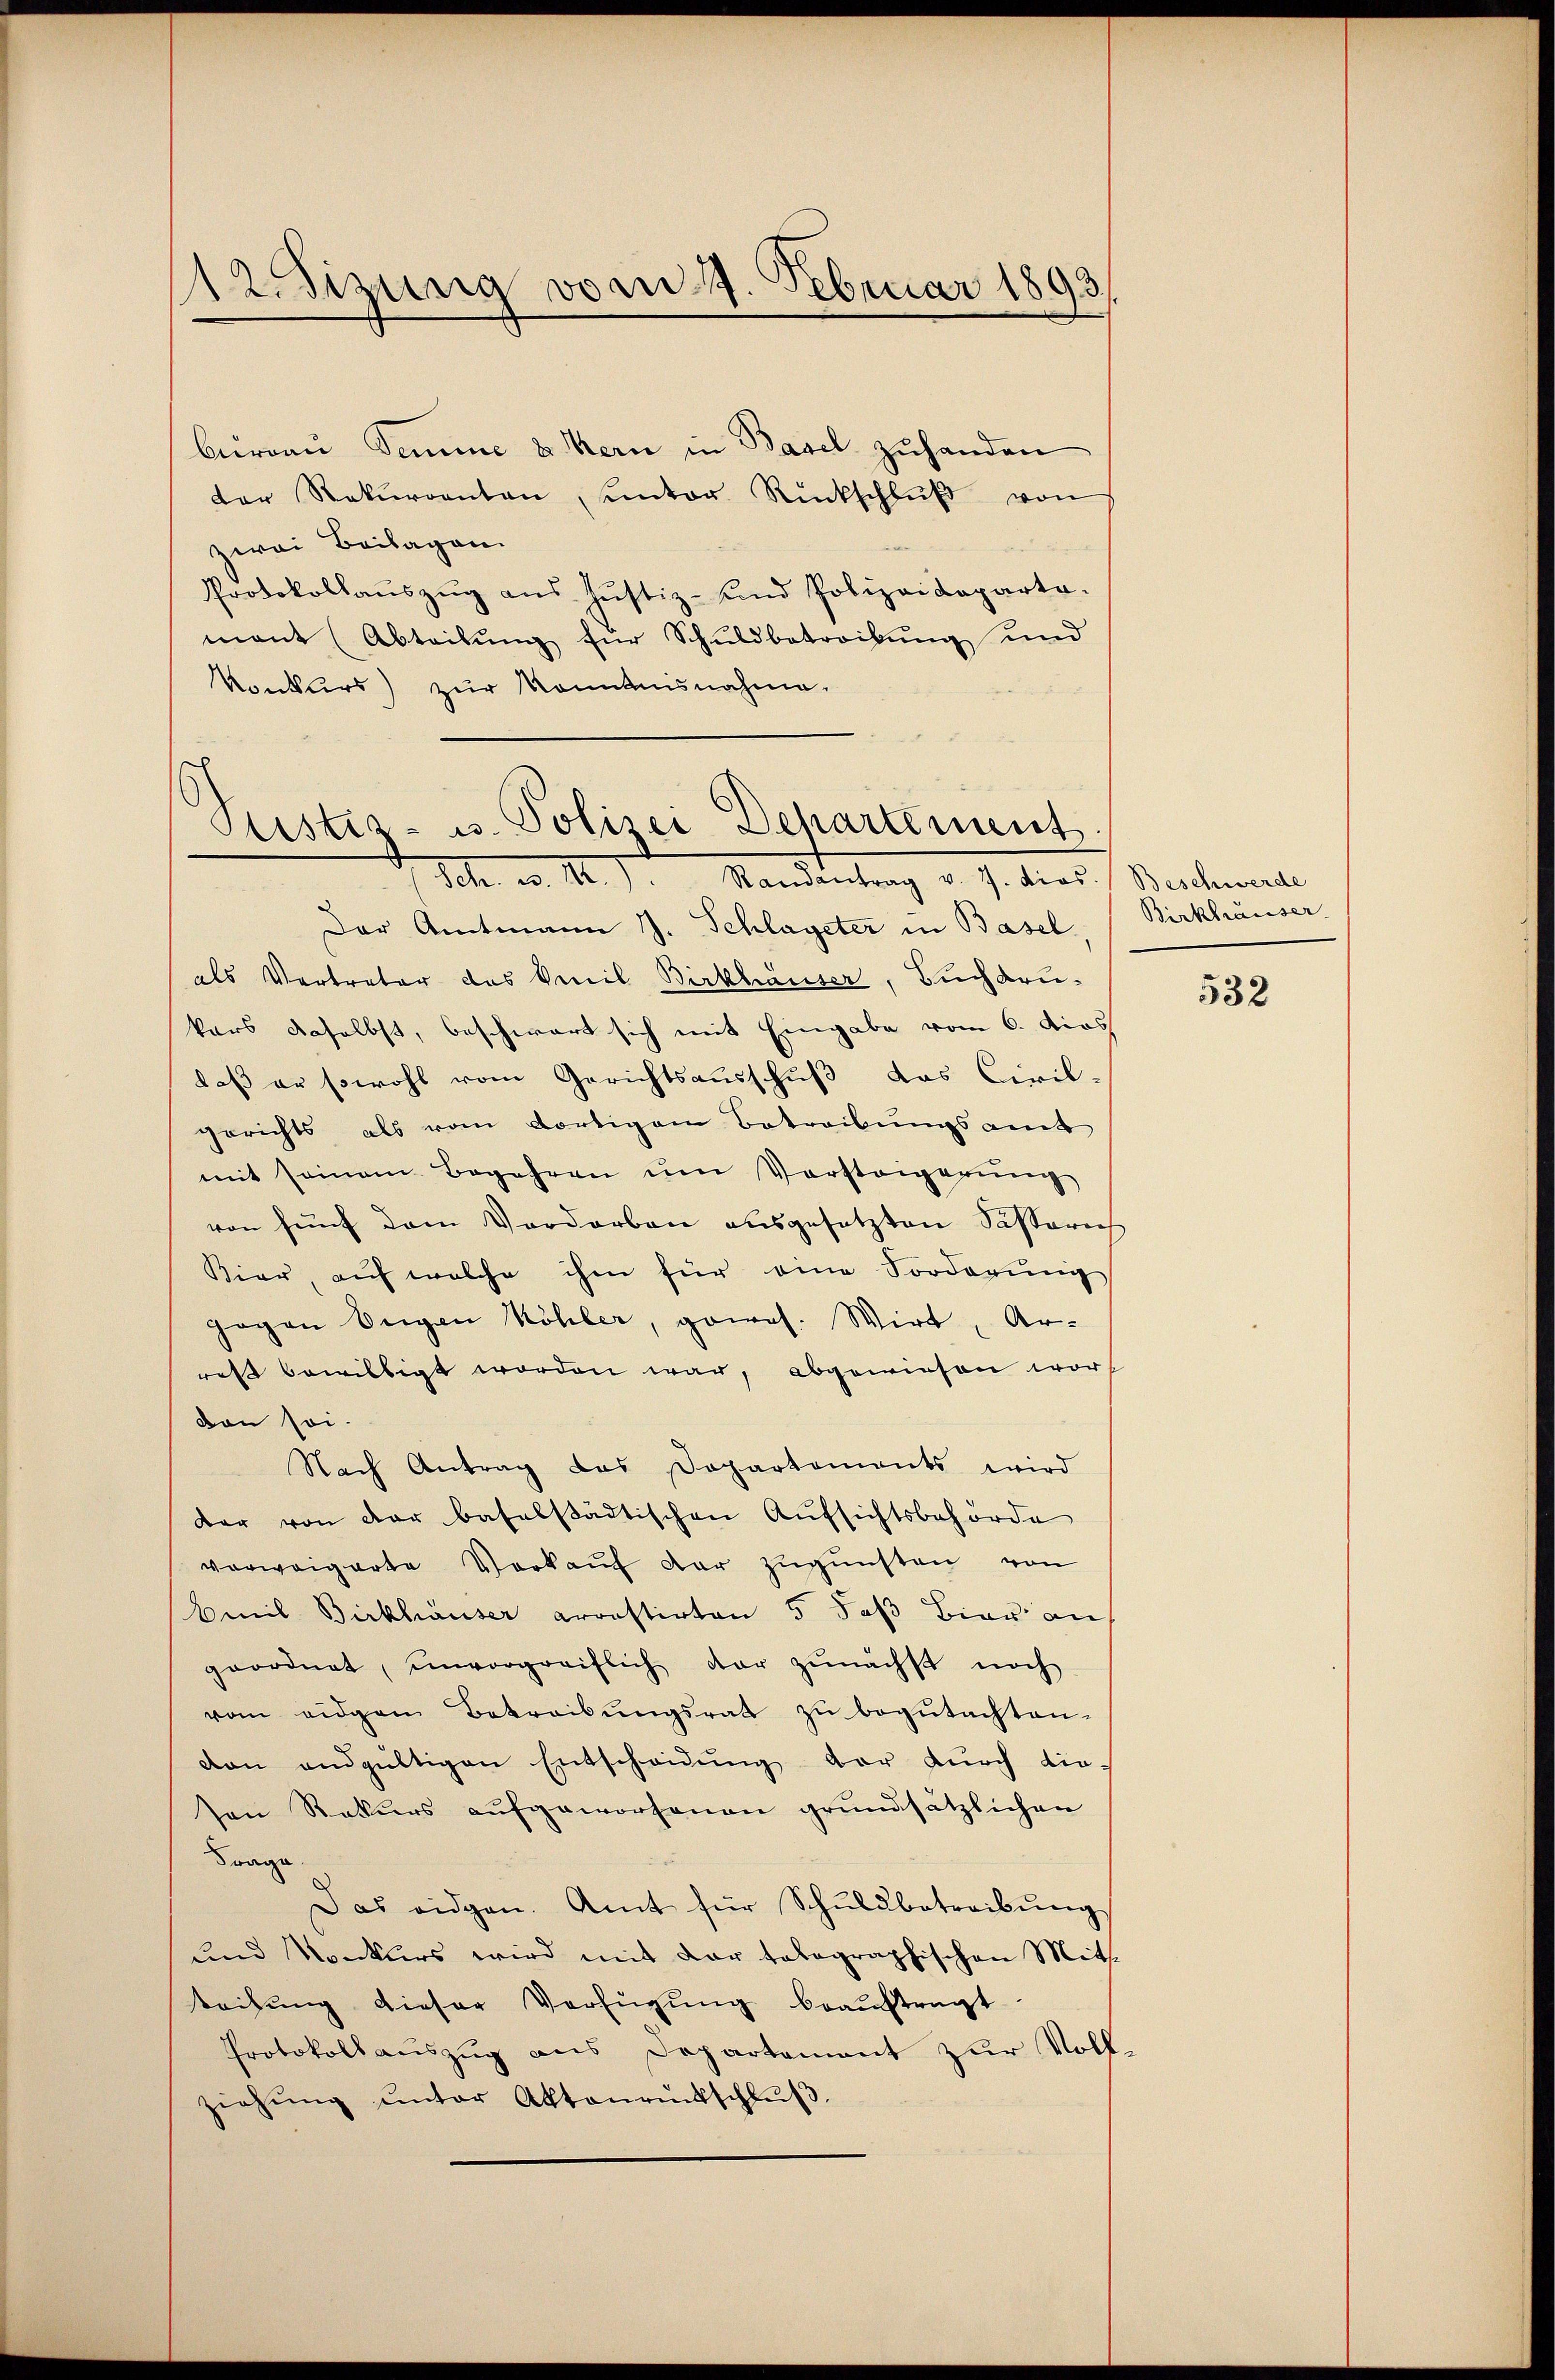
1Zizung vom 4. Februar 1893.

berrau Semme & Kern in Basel zuhanden
der Rekurrenten, unter Rückschlŭβ von
zwei Beilagen.
Protokollaŭszŭg aŭs Jŭstiz- und Polizeideparte.
mant (Abteilŭng für Schŭldbetreibŭng und
Konkurs) zŭr Konntensnahme.

Justiz- u. Polizei Departement.
10. 1
Randantrag v. 7. dios. Beschwerde

Der Amtmann J. Schlageter in Basel
als Vertreter das Venil Birkhäuser, Buchdrukars daselbst, beschwart sich mit Eingabe vom 6. dies
daß er sowohl vom Gerichtsausschuß das Civil-
gerichts als vom dortigem Betreibungsamt
mit seinem Begehren ŭm Vorstagerŭng
von fünf dem Verdarben ausgesetzten Sassarich
Bier, aŭf welche ihm für eine Forderŭng
gogen Segen Köhler, gewes. Wirt, Ar-
rest bewilligt worden war, abgewiesen worvon sei-
Nach Antrag das Dopartements wird
dar von der baselstädtischen Aufsichtsbehörde
verweigerte Verkaŭf der zŭgŭnsten von
Emil Birkhäuser arrestirten 5 daß Bier an
geordnet, unvorgreiflich dar zunächst noch
vom eidgen Betreibŭngsrath zŭ begŭtachten.
von endgültigen Entscheidung der durch die-
sen Rekurs aufgeworfenen grundsätzlichen
Frage.
Das eidgen. Amt für Schŭldbetreibŭng
und Konkurs wird mit der talographischen Mitt
teilŭng dieser Verfügŭng beaŭftragt
Protokollauszug aus Departement zur Voll-
ziehŭng ŭnter Aktenrückschlŭβ

Birkhäuser

532